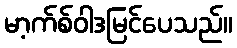
မာ့က်စ်ဝါဒမြင်ပေသည်။